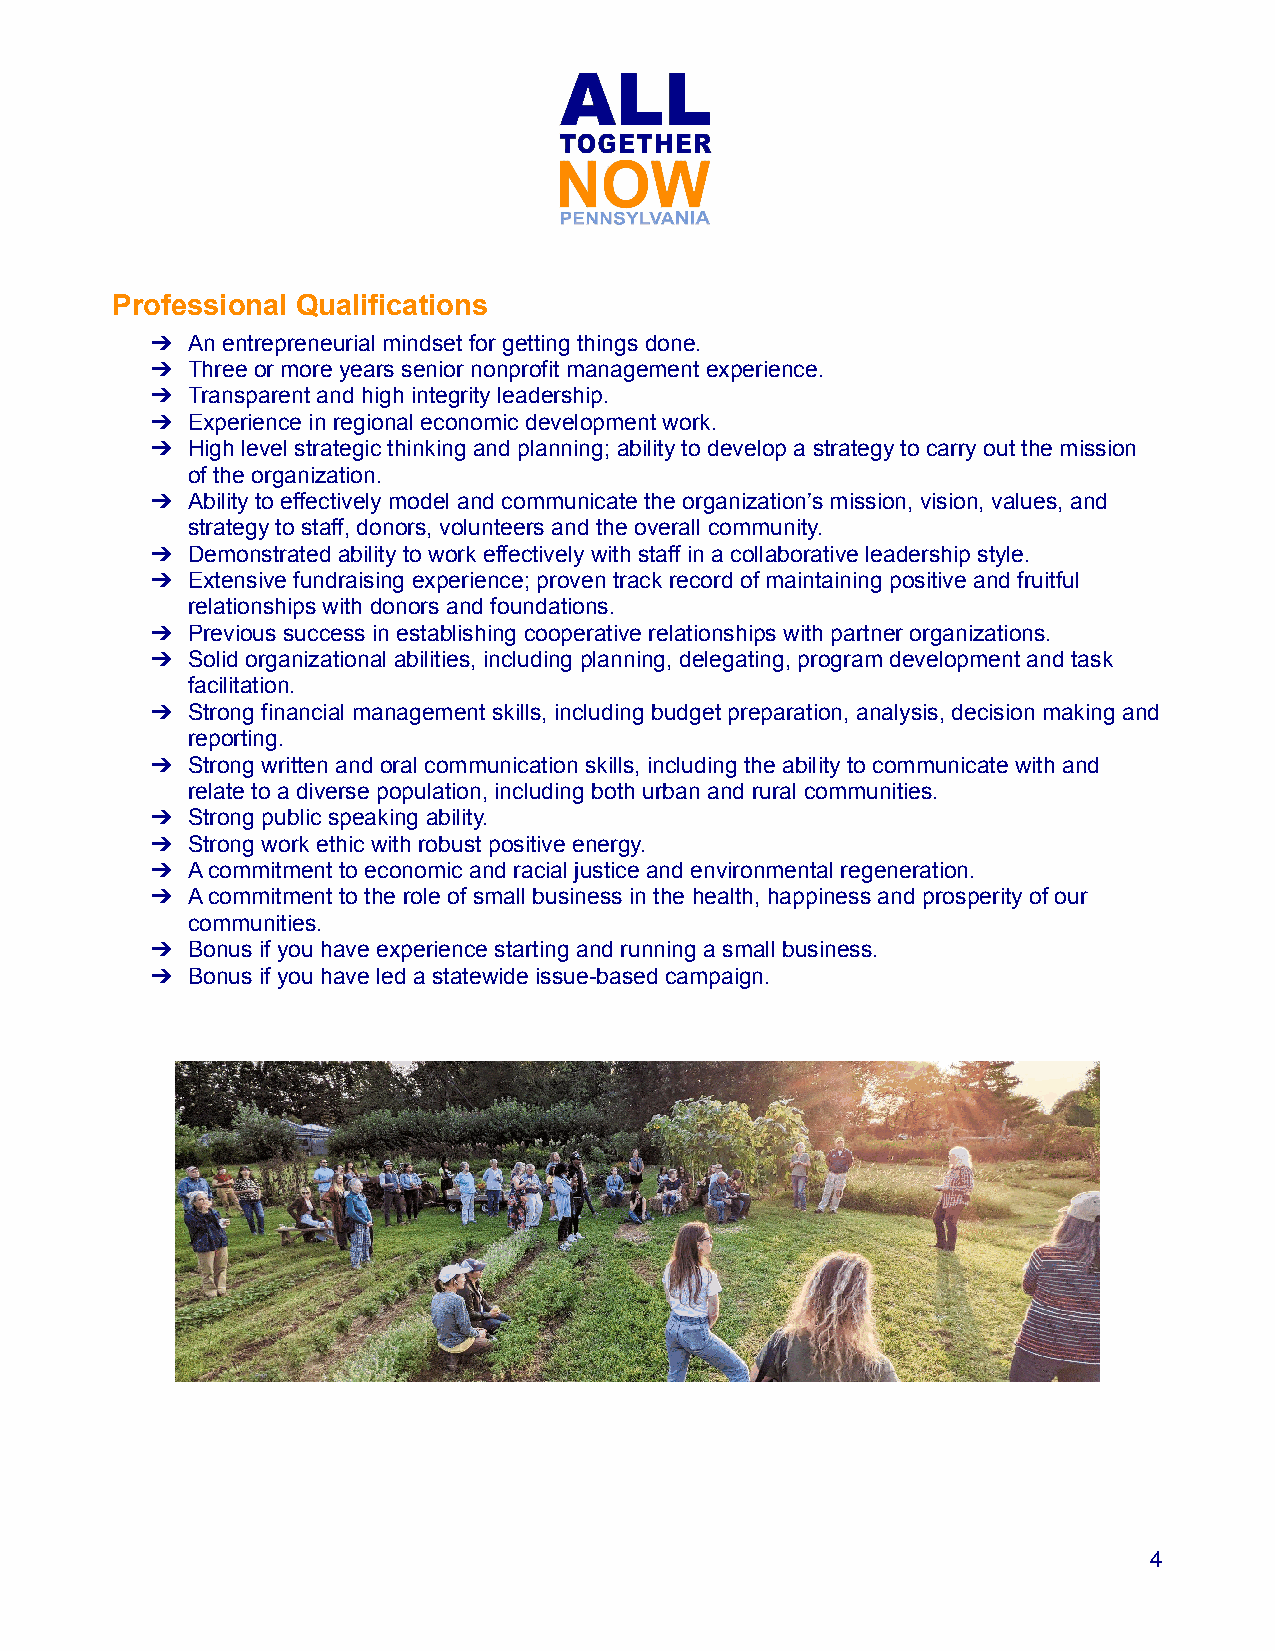
Professional Qualifications
 ➔ An entrepreneurial mindset for getting things done.
 ➔ Three or more years senior nonprofit management experience.
 ➔ Transparent and high integrity leadership.
 ➔ Experience in regional economic development work.
 ➔ High level strategic thinking and planning; ability to develop a strategy to carry out the mission
 of the organization.
 ➔ Ability to effectively model and communicate the organization’s mission, vision, values, and
 strategy to staff, donors, volunteers and the overall community.
 ➔ Demonstrated ability to work effectively with staff in a collaborative leadership style.
 ➔ Extensive fundraising experience; proven track record of maintaining positive and fruitful
 relationships with donors and foundations.
 ➔ Previous success in establishing cooperative relationships with partner organizations.
 ➔ Solid organizational abilities, including planning, delegating, program development and task
 facilitation.
 ➔ Strong financial management skills, including budget preparation, analysis, decision making and
 reporting.
 ➔ Strong written and oral communication skills, including the ability to communicate with and
 relate to a diverse population, including both urban and rural communities.
 ➔ Strong public speaking ability.
 ➔ Strong work ethic with robust positive energy.
 ➔ A commitment to economic and racial justice and environmental regeneration.
 ➔ A commitment to the role of small business in the health, happiness and prosperity of our
 communities.
 ➔ Bonus if you have experience starting and running a small business.
 ➔ Bonus if you have led a statewide issue-based campaign.
 4